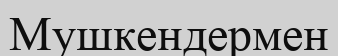
Мушкендермен